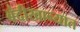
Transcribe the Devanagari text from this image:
बंदीखान्यात